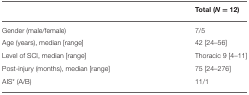
<table><thead><tr><td></td><td><b>Total (<i>N</i> = 12)</b></td></tr></thead><tbody><tr><td>Gender (male/female)</td><td>7/5</td></tr><tr><td>Age (years), median [range]</td><td>42 [24–56]</td></tr><tr><td>Level of SCI, median [range]</td><td>Thoracic 9 [4–11]</td></tr><tr><td>Post-injury (months), median [range]</td><td>75 [24–276]</td></tr><tr><td>AIS<sup>*</sup> (A/B)</td><td>11/1</td></tr></tbody></table>